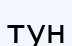
тун